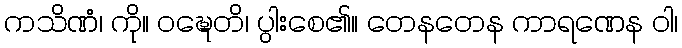
ကသိဏံ၊ ကို။ ဝဍ္ဎေတိ၊ ပွါးစေ၏။ တေနတေန ကာရဏေန ဝါ၊